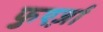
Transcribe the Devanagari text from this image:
फुएर्ज़ा